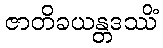
ဇာတိခယန္တဒဿိံ